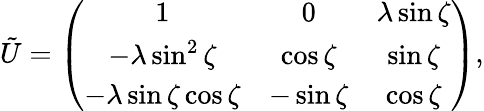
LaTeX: \tilde{U}=\left(\begin{array}{ccc}{{1}}&{{0}}&{{\lambda\sin\zeta}}\\ {{-\lambda\sin^{2}\zeta}}&{{\cos\zeta}}&{{\sin\zeta}}\\ {{-\lambda\sin\zeta\cos\zeta}}&{{-\sin\zeta}}&{{\cos\zeta}}\end{array}\right),